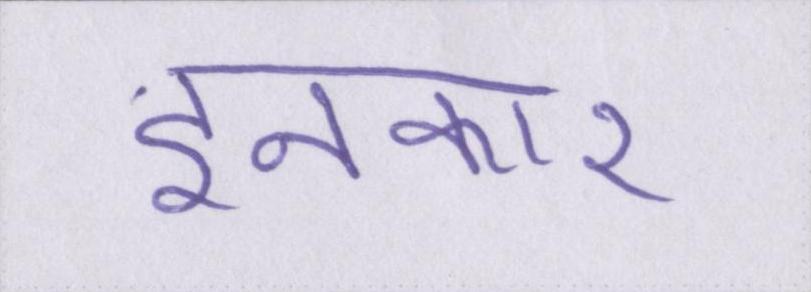
इनकार